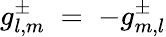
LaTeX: g_{l,m}^{\pm}\; =\; -g_{m,l}^{\pm}